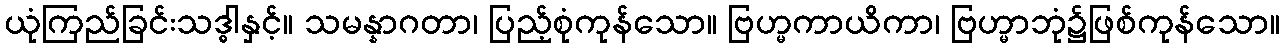
ယုံကြည်ခြင်းသဒ္ဓါနှင့်။ သမန္နာဂတာ၊ ပြည့်စုံကုန်သော။ ဗြဟ္မကာယိကာ၊ ဗြဟ္မာဘုံ၌ဖြစ်ကုန်သော။